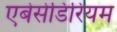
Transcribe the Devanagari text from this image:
एबेसेडिरियम